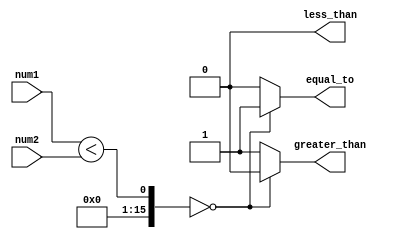
module comparator (
    input [15:0] num1,
    input [15:0] num2,
    output less_than,
    output equal_to,
    output greater_than
);

wire [15:0] bit_compare_result;
wire [2:0] final_output;

assign bit_compare_result = num1 < num2;
assign less_than = (bit_compare_result == 16'hffff) ? 1'b1 : 1'b0;
assign equal_to = (bit_compare_result == 16'h0000) ? 1'b1 : 1'b0;
assign greater_than = (bit_compare_result == 16'h0000) ? 1'b0 : 1'b1;

assign final_output = {less_than, equal_to, greater_than};

endmodule